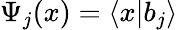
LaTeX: \Psi_{j}(x)=\left\langle x|b_{j}\right\rangle